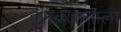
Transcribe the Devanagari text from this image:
हुसेनखानाला